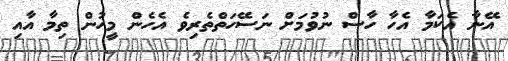
އޭނާ އެކަމާ އެހާ ހާސް ނުވުމަށް ނަސޭހަތްތެރިވެ އެހެން މީހުން ތިމާ އާއި